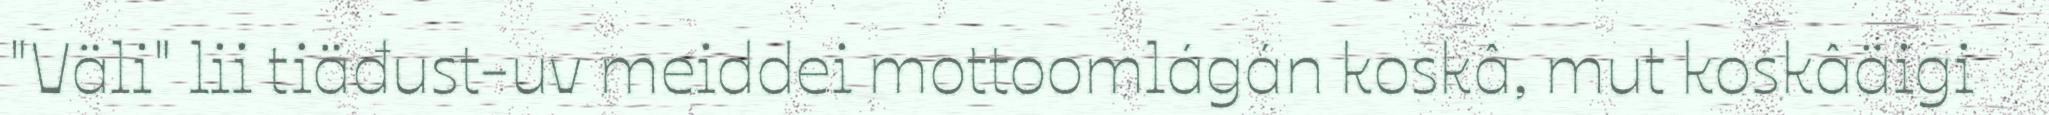
"Väli" lii tiäđust-uv meiddei mottoomlágán koskâ, mut koskâäigi